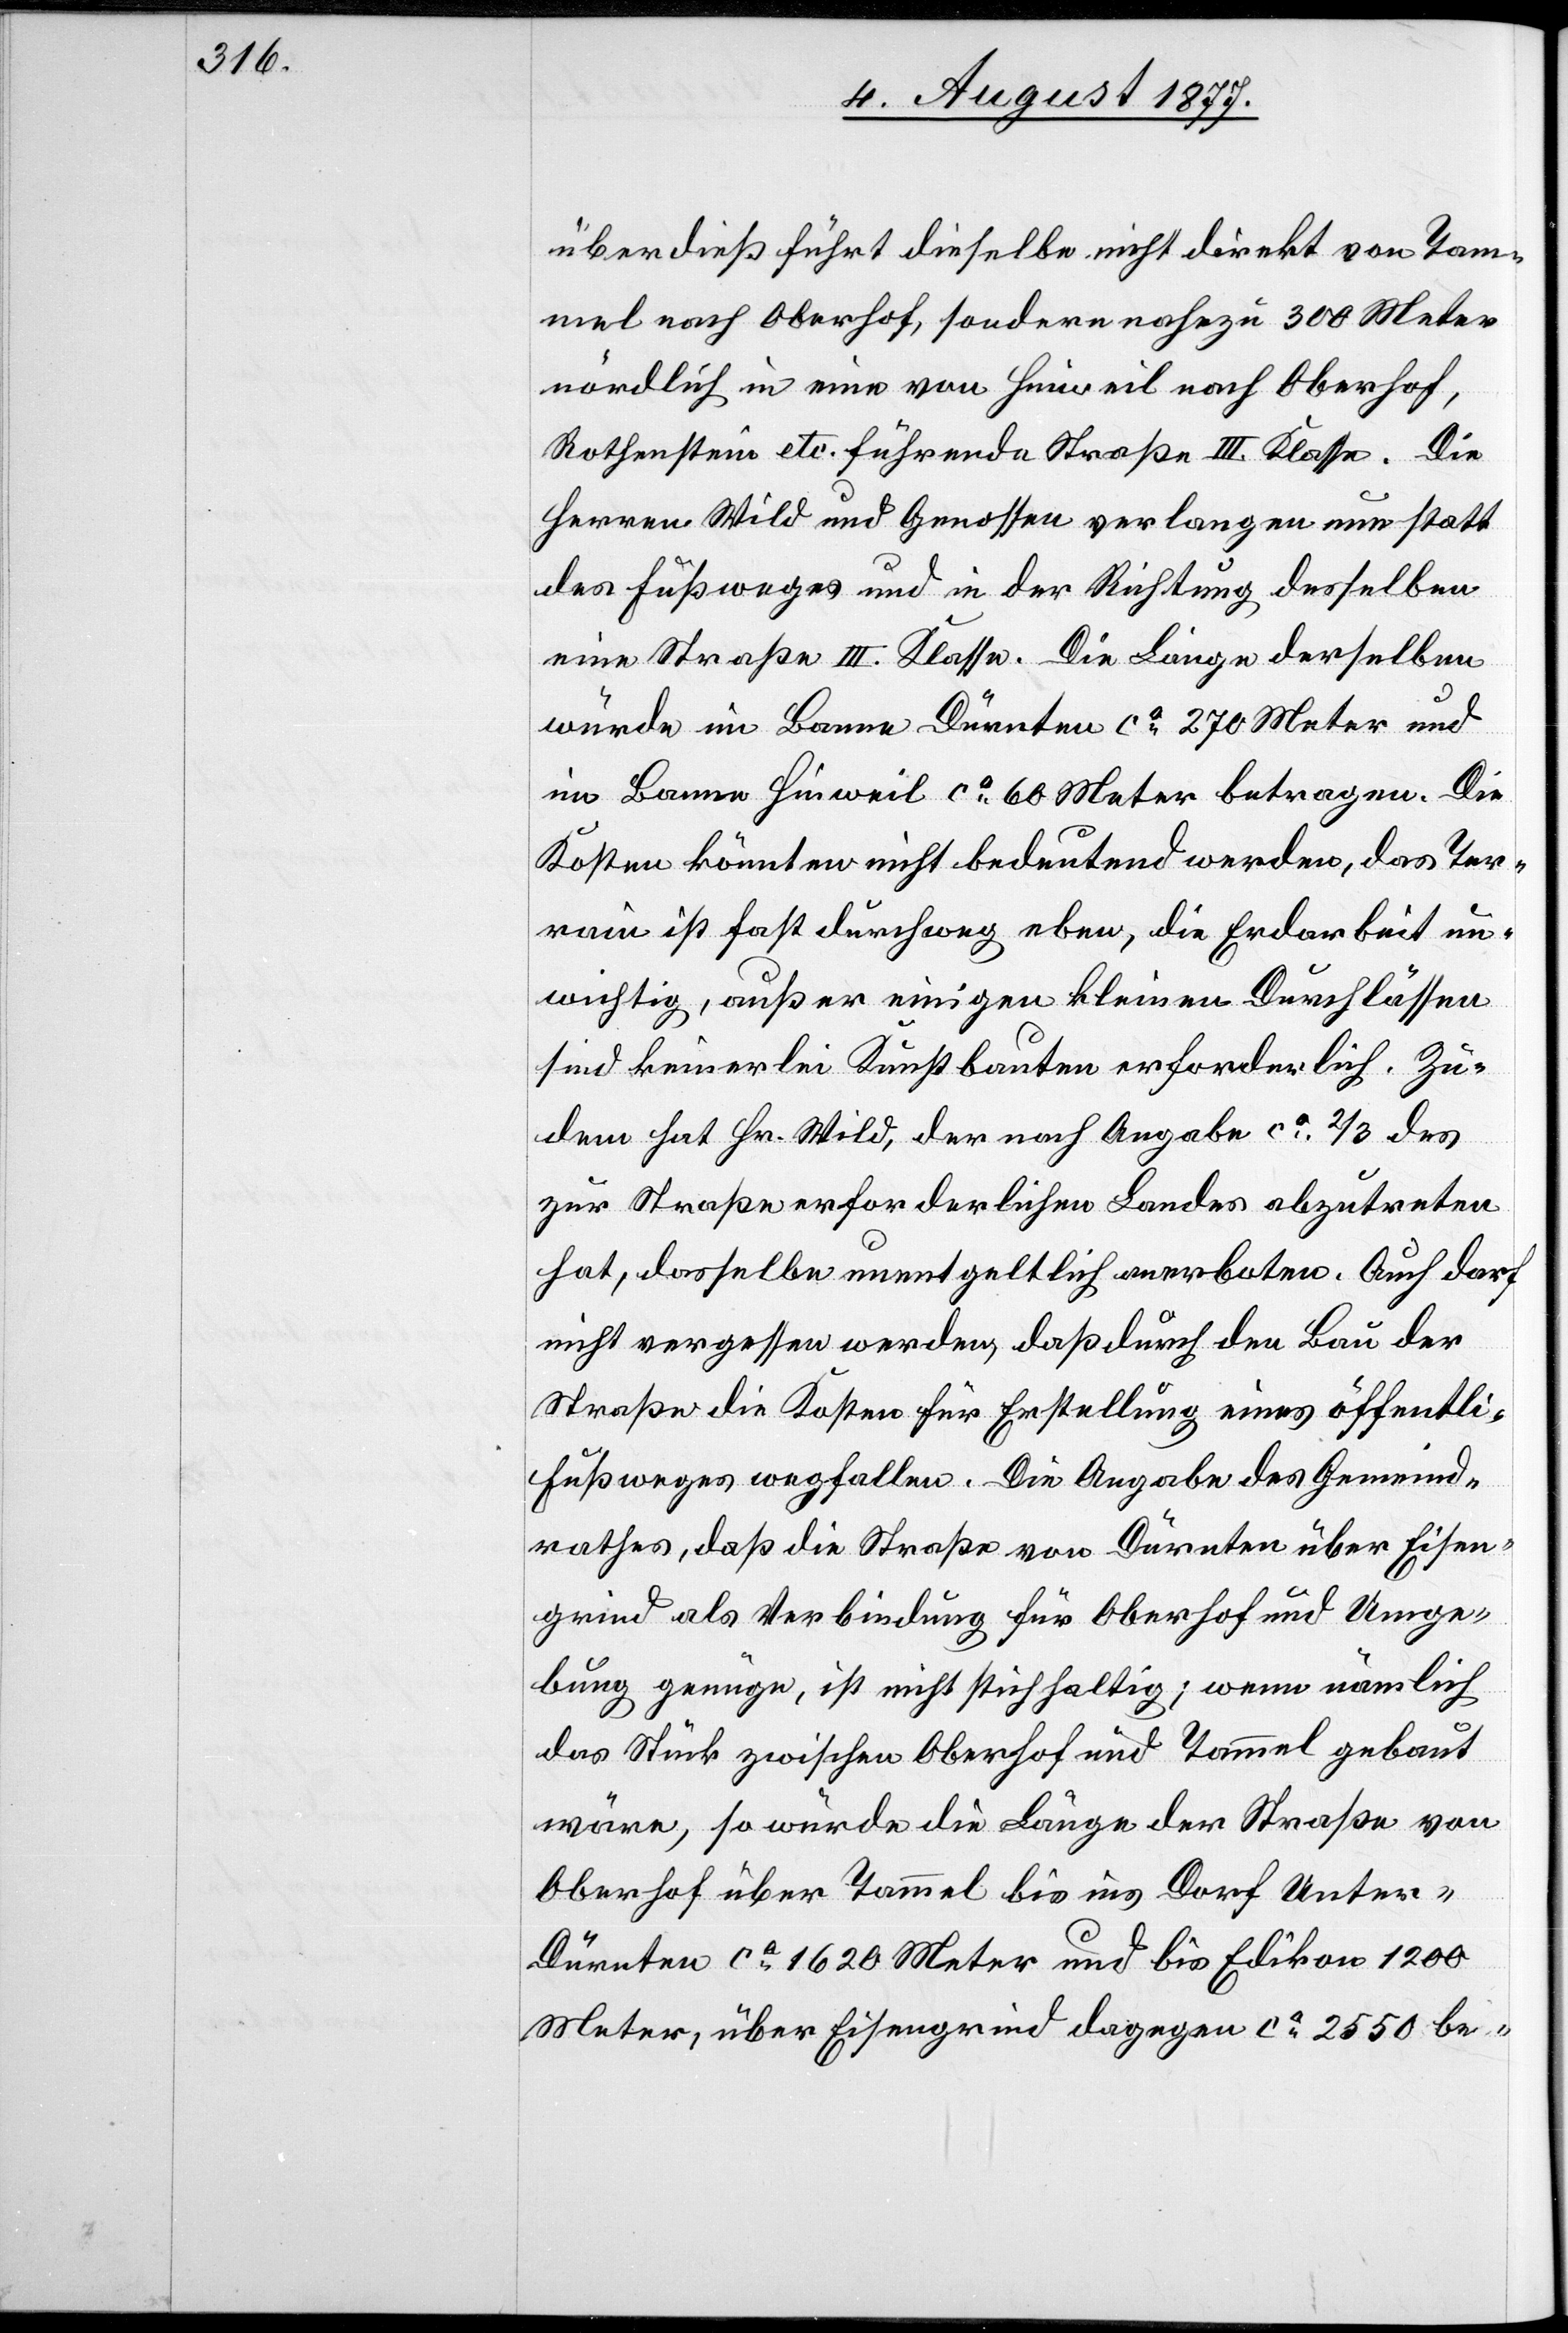
überdieß führt dieselbe nicht direkt von Tam¬
mel nach Oberhof, sondern nahezu 300 Meter
nördlich in eine von Hinweil nach Oberhof,
Rothenstein etc. führende Straße III. Klasse. Die
Herren Wild und Genossen verlangen nun statt
des Fußweges und in der Richtung desselben
eine Straße III. Klasse. Die Länge derselben
en]
würde im Banne Dürnten ca 270 Meter und
im Banne Hinweil ca 60 Meter betragen. Die
Kosten könnten nicht bedeutend werden, das Ter¬
rain ist fast durchweg eben, die Erdarbeit un¬
wichtig, außer einigen kleinen Durchlässen
sind keinerlei Kunstbauten erforderlich. Zu¬
dem hat Hr. Wild, der nach Angabe ca 2/3 des
zur Straße erforderlichen Landes abzutreten
hat, dasselbe unentgeltlich anerboten. Auch darf
nicht vergessen werden, daß durch den Bau der
Straße die Kosten für Erstellung eines öffentli[ch¬
Fußweges wegfallen. Die Angabe des Gemeind¬
rathes, daß die Straße von Dürnten über Eisen¬
grind als Verbindung für Oberhof und Umge¬
bung genüge, ist nicht stichhaltig; wenn nämlich
das Stück zwischen Oberhof und Tammel gebaut
wäre, so würde die Länge der Straße von
Oberhof über Tammel bis ins Dorf Unter-D¬
ürnten ca 1620 Meter und bis Edikon 1200
Meter, über Eisengrind dagegen ca 2550 be-